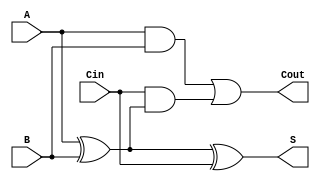
module full_adder (
    input wire A,    // First binary input
    input wire B,    // Second binary input
    input wire Cin,  // Carry input from the previous less significant bit
    output wire S,   // Sum output
    output wire Cout  // Carry output
);

// Internal wires for intermediate signals
wire A_xor_B;

// Compute sum using XOR gates
assign A_xor_B = A ^ B;
assign S = A_xor_B ^ Cin;

// Compute carry-out using AND and OR gates
assign Cout = (A & B) | (Cin & A_xor_B);

endmodule